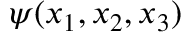
\psi ( x _ { 1 } , x _ { 2 } , x _ { 3 } )